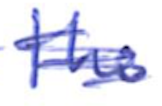
Text: the
Cross-out: scratch
Writing tool: ballpoint